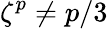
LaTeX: \zeta^{p}\neq p/3